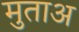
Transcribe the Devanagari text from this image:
मुताअ